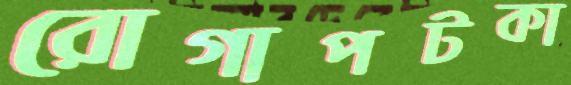
রোগাপটকা